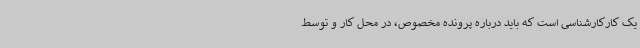
یک کارکارشناسی است که باید درباره پرونده مخصوص، در محل کار و توسط